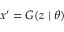
\ensuremath { \boldsymbol { x } } ^ { \prime } = G ( \ensuremath { \boldsymbol { z } } \mid \theta )